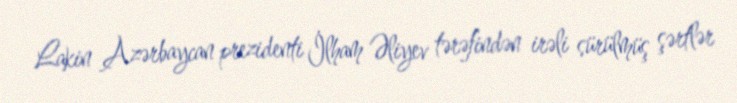
Lakin Azərbaycan prezidenti İlham Əliyev tərəfindən irəli sürülmüş şərtlər